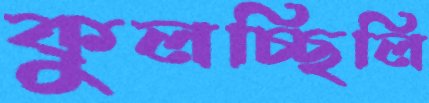
কুলচ্ছিলি